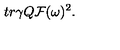
t r \gamma Q { \cal F } ( \omega ) ^ { 2 } .